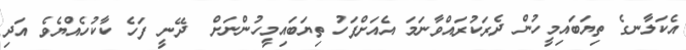
އެކަލާނގެ ތިޔަބައިމީހުން ދެރަކުރައްވާނަމަ އެއަށްފަހު ތިޔަބައިމީހުންނަށް  ދޭނީ ފަހެ ކާކުހެއްޔެވެ އަދި